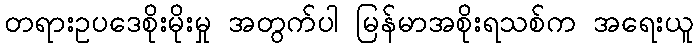
တရားဥပဒေစိုးမိုးမှု အတွက်ပါ မြန်မာအစိုးရသစ်က အရေးယူ